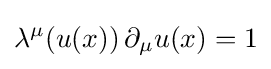
\lambda ^{\mu }(u(x))\,\partial _{\mu }u(x)=1